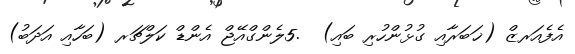
އެފެއަރޒް (ޚަބަރާއި ގުޅުންހުރި ބައި)  .5ލެންގްއޭޖް އެންޑް ކަލްޗަރ (ބަހާއި އަދަބު)